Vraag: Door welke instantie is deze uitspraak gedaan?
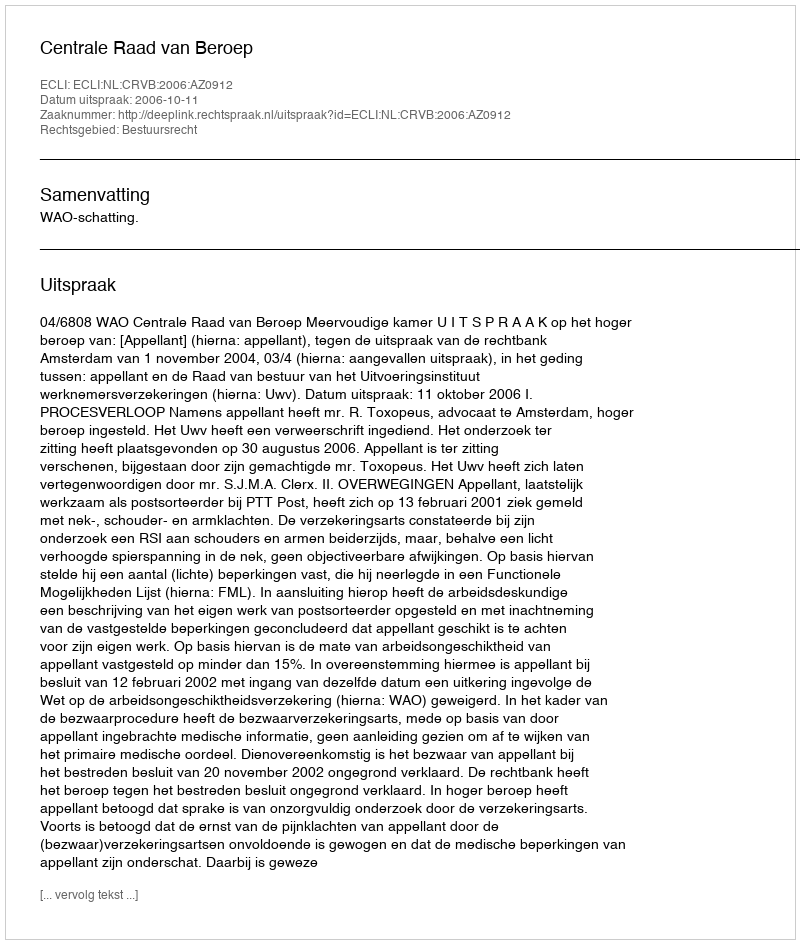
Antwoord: Centrale Raad van Beroep